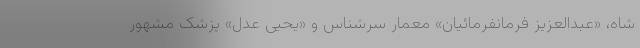
شاه، «عبدالعزیز فرمانفرمائیان» معمار سرشناس و «یحیی عدل» پزشک مشهور